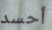
أحسد